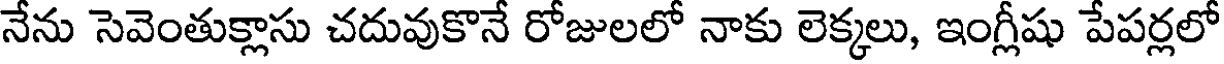
నేను సెవెంతుక్లాసు చదువుకొనే రోజులలో నాకు లెక్కలు, ఇంగ్లీషు పేపర్లలో